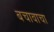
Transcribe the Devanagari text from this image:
बचावाचा